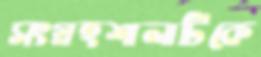
সংগ্রহশালাটিকে